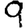
Digit: 9